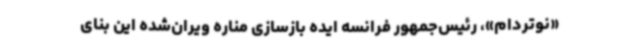
«نوتردام»، رئیس‌جمهور فرانسه ایده بازسازی مناره‌ ویران‌شده این بنای